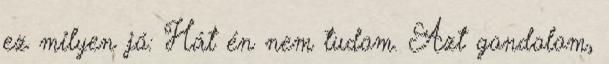
ez milyen jó: Hát én nem tudom. Azt gondolom,